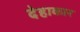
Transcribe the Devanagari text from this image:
देहाकार